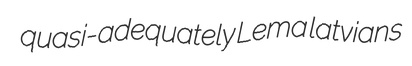
quasi-adequately Lema latvians